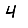
Digit: 4